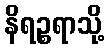
နိရဉ္စရာသို့